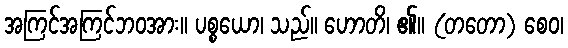
အကြင်အကြင်ဘဝအား။ ပစ္စယော၊ သည်။ ဟောတိ၊ ၏။ (တတော) စေဝ၊